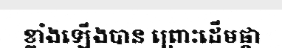
ខ្លាំងឡើងបាន ព្រោះដើមផ្កា